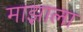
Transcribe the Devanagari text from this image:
माझाला